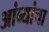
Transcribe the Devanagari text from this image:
आंब्यांचा